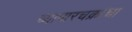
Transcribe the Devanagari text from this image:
व्यापारचक्रांचा